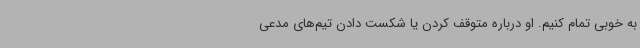
به خوبی تمام کنیم. او درباره متوقف کردن یا شکست دادن تیم‌های مدعی